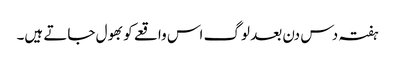
ہفتہ دس دن بعد لوگ اس واقعے کو بھول جاتے ہیں۔